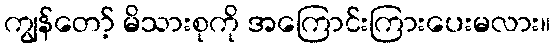
ကျွန်တော့် မိသားစုကို အကြောင်းကြားပေးမလား။